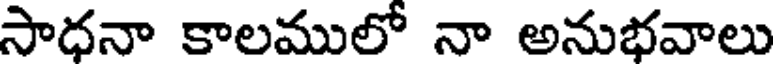
సాధనా కాలములో నా అనుభవాలు